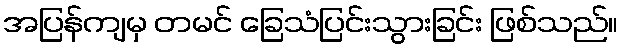
အပြန်ကျမှ တမင် ခြေသံပြင်းသွားခြင်း ဖြစ်သည်။